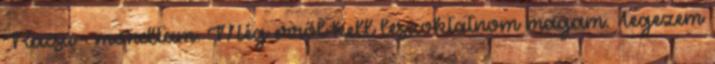
Racsu – mondtam. Még erről kell leszoktatnom magam. Tegezem